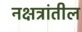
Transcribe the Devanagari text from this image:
नक्षत्रांतील